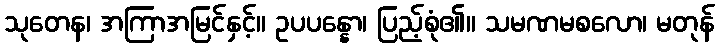
သုတေန၊ အကြာအမြင်နှင့်။ ဥပပန္နော၊ ပြည့်စုံ၏။ သမဏမစလော၊ မတုန်